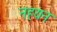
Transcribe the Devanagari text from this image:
नहयन